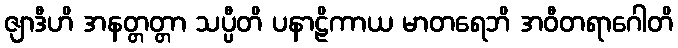
ဇျာဒီဟိ အနတ္တတ္တာ သပ္ပီတိ ပနာဠိကာယ မာတရေဘိ အဝီတရာဂေါတိ